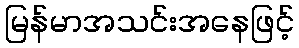
မြန်မာအသင်းအနေဖြင့်